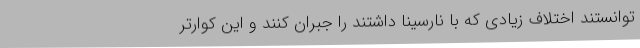
توانستند اختلاف زیادی که با نارسینا داشتند را جبران کنند و این کوارتر